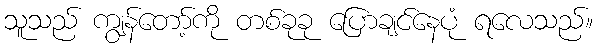
သူသည် ကျွန်တော့်ကို တစ်ခုခု ပြောချင်နေပုံ ရလေသည်။